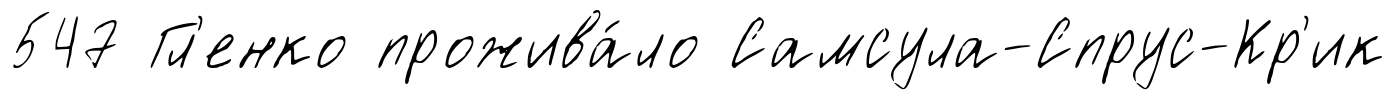
547 Гл'енко прожива́ло Самсула-Спрус-Кр'ик